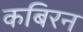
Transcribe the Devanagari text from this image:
कबिरन